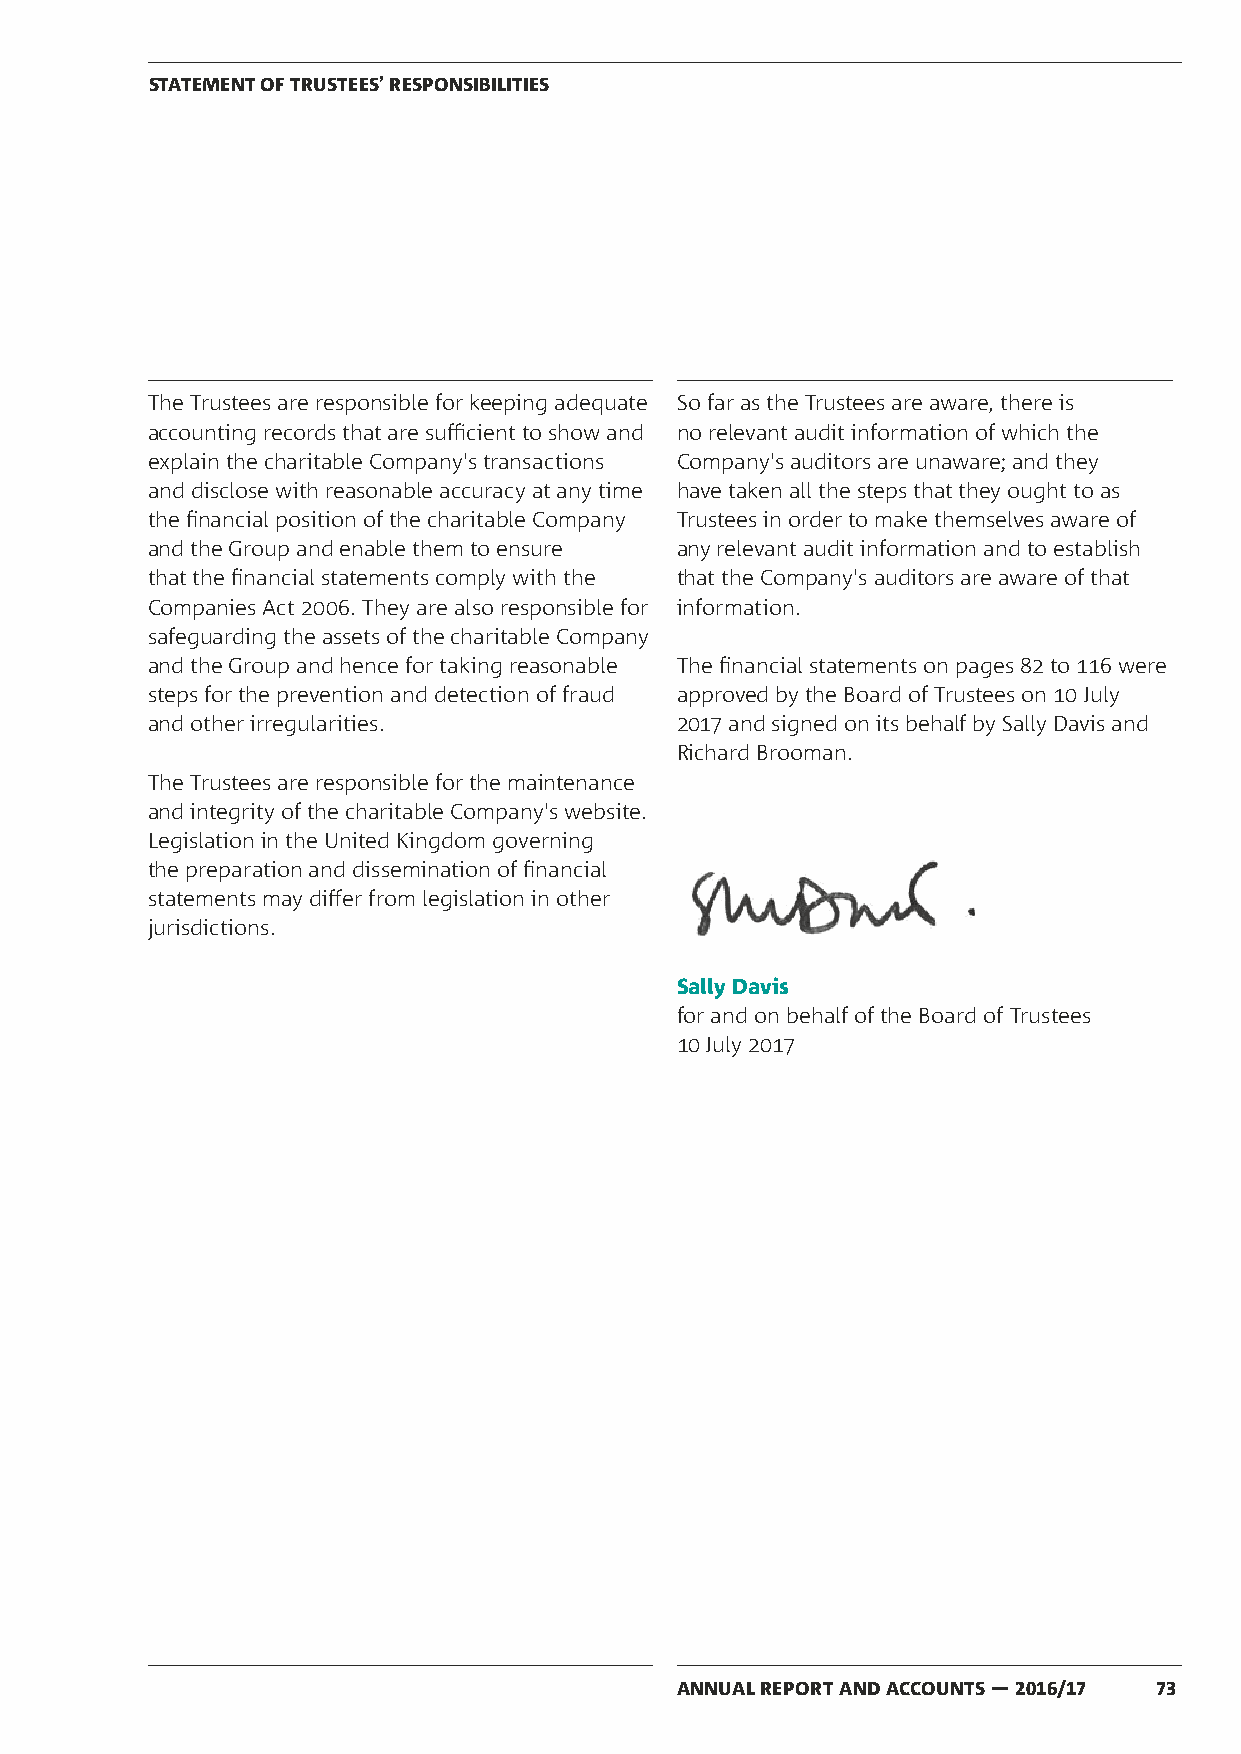
STATEMENT OF TRUSTEES’ RESPONSIBILITIES
 The Trustees are responsible for keeping adequate So far as the Trustees are aware, there is
 accounting records that are sufficient to show and no relevant audit information of which the
 explain the charitable Company's transactions Company's auditors are unaware; and they
 and disclose with reasonable accuracy at any time have taken all the steps that they ought to as
 the financial position of the charitable Company Trustees in order to make themselves aware of
 and the Group and enable them to ensure any relevant audit information and to establish
 that the financial statements comply with the that the Company's auditors are aware of that
 Companies Act 2006. They are also responsible for information.
 safeguarding the assets of the charitable Company
 and the Group and hence for taking reasonable The financial statements on pages 82 to 116 were
 steps for the prevention and detection of fraud approved by the Board of Trustees on 10 July
 and other irregularities.          2017 and signed on its behalf by Sally Davis and
 Richard Brooman.
 The Trustees are responsible for the maintenance
 and integrity of the charitable Company's website.
 Legislation in the United Kingdom governing
 the preparation and dissemination of financial
 statements may differ from legislation in other
 jurisdictions.
 Sally Davis
 for and on behalf of the Board of Trustees
 10 July 2017
 ANNUAL REPORT AND ACCOUNTS — 2016/17 73